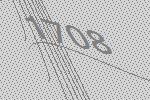
1708